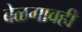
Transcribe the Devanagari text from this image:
बेळगावही